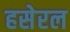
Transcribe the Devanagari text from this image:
हसेरल